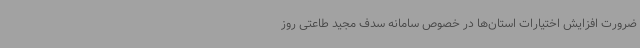
ضرورت افزایش اختیارات استان‌ها در خصوص سامانه سدف مجید طاعتی روز